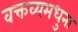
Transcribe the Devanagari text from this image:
वक्तव्यमधुना